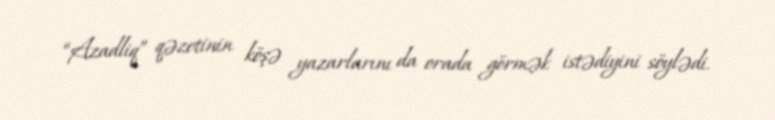
“Azadliq” qəzetinin köşə yazarlarını da orada görmək istədiyini söylədi.